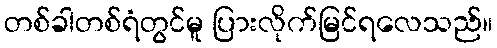
တစ်ခါတစ်ရံတွင်မူ ပြားလိုက်မြင်ရလေသည်။